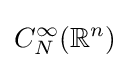
C_{N}^{\infty }(\mathbb {R} ^{n})